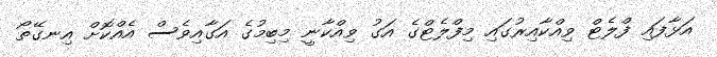
އަޅާފައި ފްލެޓް ވިއްކާއިރުގައި މިފްލެޓްގެ އަގު ވިއްކާނީ މިބިމުގެ އަގާއިވެސް އެއްކޮށް އިނގޭތޯ